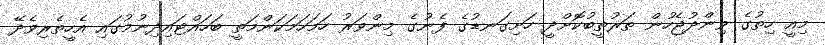
މިއީ ހިތުގެ ވިންދުޖެހުން ތަރުތީބުކޮށްދީ ހަށިގަނޑުގެ ފެނުގެ މިންވަރު ހަމަހަމަކަންމަތީ ބަހައްޓައިދިނުމުގައި އެހީތެރިވެދޭ